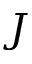
J